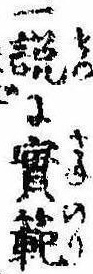
一説に実範